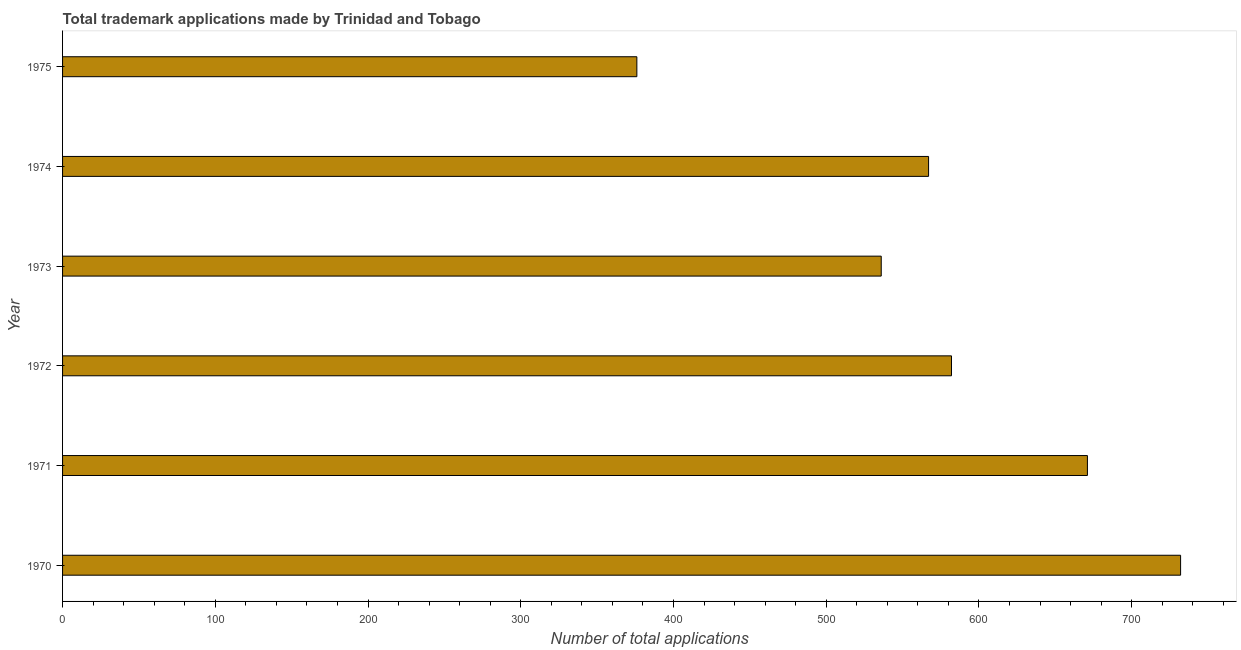
| Year | Trademark applications |
 | --- | --- |
 | 1970 | 732 |
 | 1971 | 671 |
 | 1972 | 582 |
 | 1973 | 536 |
 | 1974 | 567 |
 | 1975 | 376 |